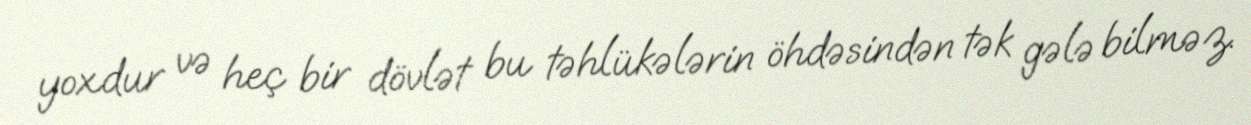
yoxdur və heç bir dövlət bu təhlükələrin öhdəsindən tək gələ bilməz.